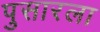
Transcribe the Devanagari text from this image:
पुसारला